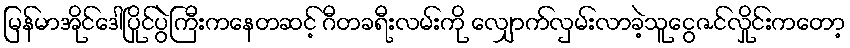
မြန်မာအိုင်ဒေါပြိုင်ပွဲကြီးကနေတဆင့် ဂီတခရီးလမ်းကို လျှောက်လှမ်းလာခဲ့သူငွေဇင်လှိုင်းကတော့